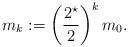
LaTeX: \begin{align*}m_k := \left(\frac{2^{\star}}{2}\right)^k m_0.\end{align*}